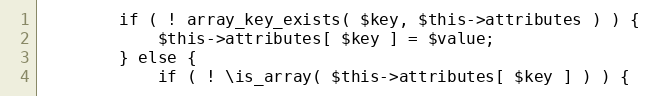
Language: PHP
		if ( ! array_key_exists( $key, $this->attributes ) ) {
			$this->attributes[ $key ] = $value;
		} else {
			if ( ! \is_array( $this->attributes[ $key ] ) ) {